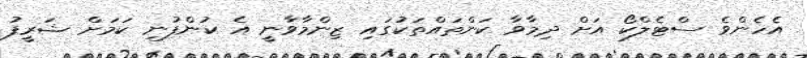
އެހެންވެ ސްޓެލްކޯ އަށް ދިމާވާ ކަންތައްތަކުގައި ޒިންމާވާނީ އެ ކުންފުނި ކަމަށް ޝަރީފު